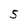
Character: 5